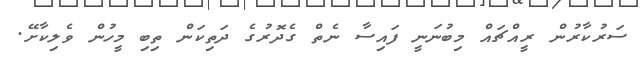
ސަރުކާރުން ރީއްޗައް މިބުނަނީ ފައިސާ ނެތް ގެދޮރުގެ ދަތިކަން ތިބި މީހުން ވެލިކާށޭ.